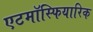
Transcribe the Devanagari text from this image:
एटमॉस्फियारिक